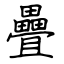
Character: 疊